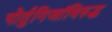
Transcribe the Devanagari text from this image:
पोर्तुगिजांविरुद्ध